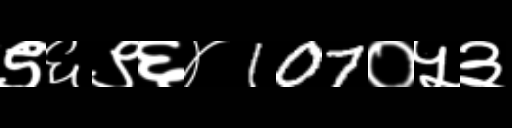
Text: ९६९६४107०५३